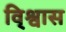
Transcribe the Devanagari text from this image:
वि्श्वास